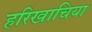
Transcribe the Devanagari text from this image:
हरिखाचिया